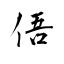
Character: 俉